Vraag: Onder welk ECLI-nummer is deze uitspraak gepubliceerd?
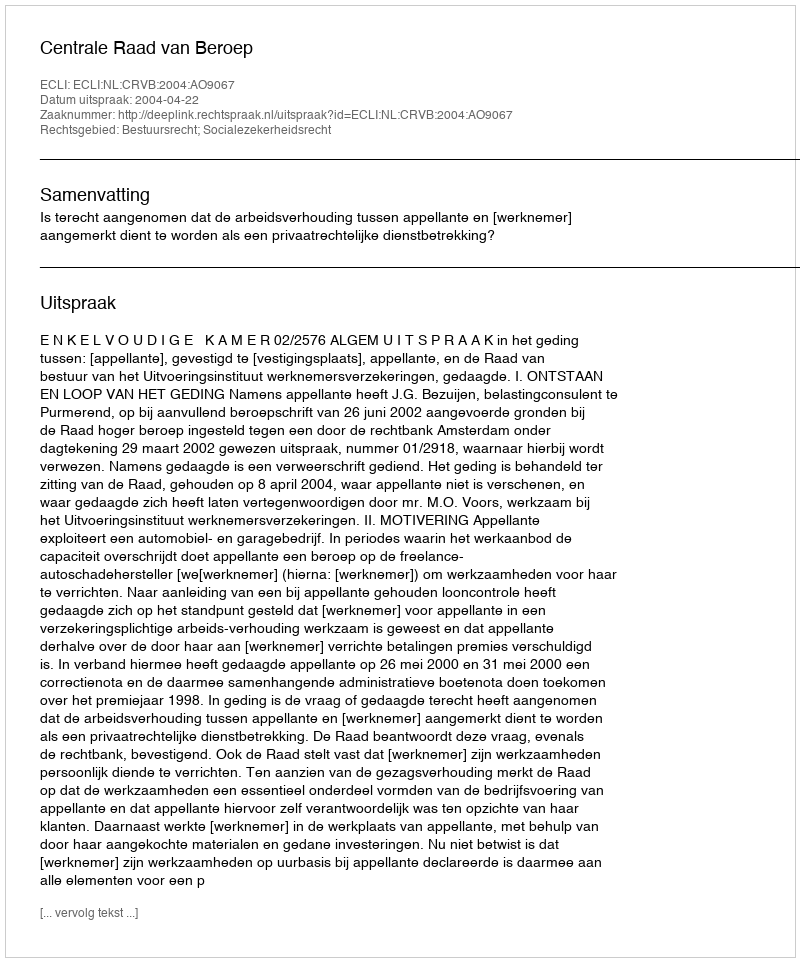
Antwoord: ECLI:NL:CRVB:2004:AO9067